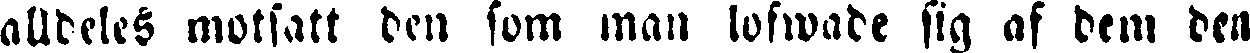
alldeles motsatt den som man lofwade sig af dem den